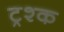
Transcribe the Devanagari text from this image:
ट्रश्क